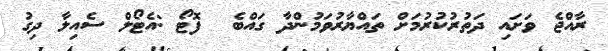
ރާއްޖެ ވަށައި ދަތުރުކުރުމަށް ތައްޔާރުވަމުންދާ ގައްބެ  ފޮޓޯ :އެޓޯލް ސެއިލާ ދިގު